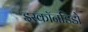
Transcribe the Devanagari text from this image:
इस्कॉनडिडो